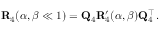
\mathbf { R } _ { 4 } ( \alpha , \beta \ll 1 ) = \mathbf { Q } _ { 4 } \mathbf { R } _ { 4 } ^ { \prime } ( \alpha , \beta ) \mathbf { Q } _ { 4 } ^ { \top } \, .